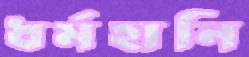
ধর্মহানি